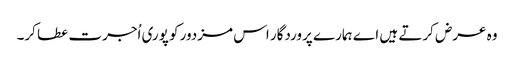
وہ عرض کرتے ہیں اے ہمارے پروردگار اس مزدور کو پوری اُجرت عطا کر۔